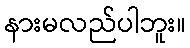
နားမလည်ပါဘူး။